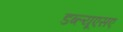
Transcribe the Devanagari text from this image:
डब्ल्यूएसए